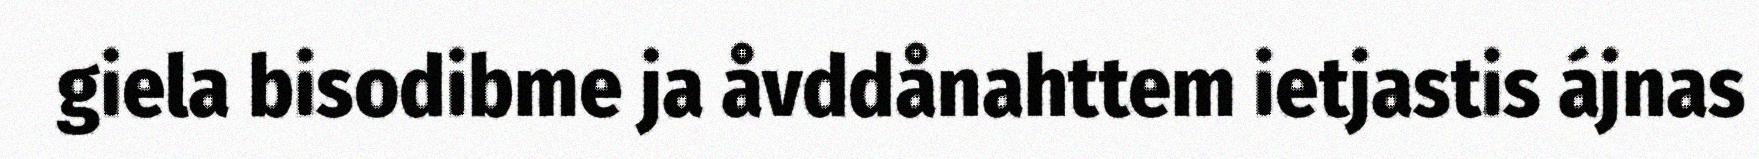
giela bisodibme ja åvddånahttem ietjastis ájnas